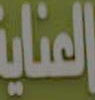
العناية